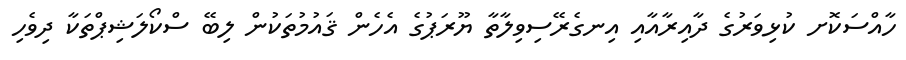
ހާއްސަކޮށ ކުޅިވަރުގެ ދާއިރާއާއި އިނގެރޭސިވިލާތާ ޔޫރަޕުގެ އެހެން ޤައުމުތަކުން ލިބޭ ސްކޯލަޝިޕްތަކާ ދިވެހި